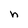
Character: h